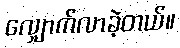
လျှောက်လာခဲ့တယ်။